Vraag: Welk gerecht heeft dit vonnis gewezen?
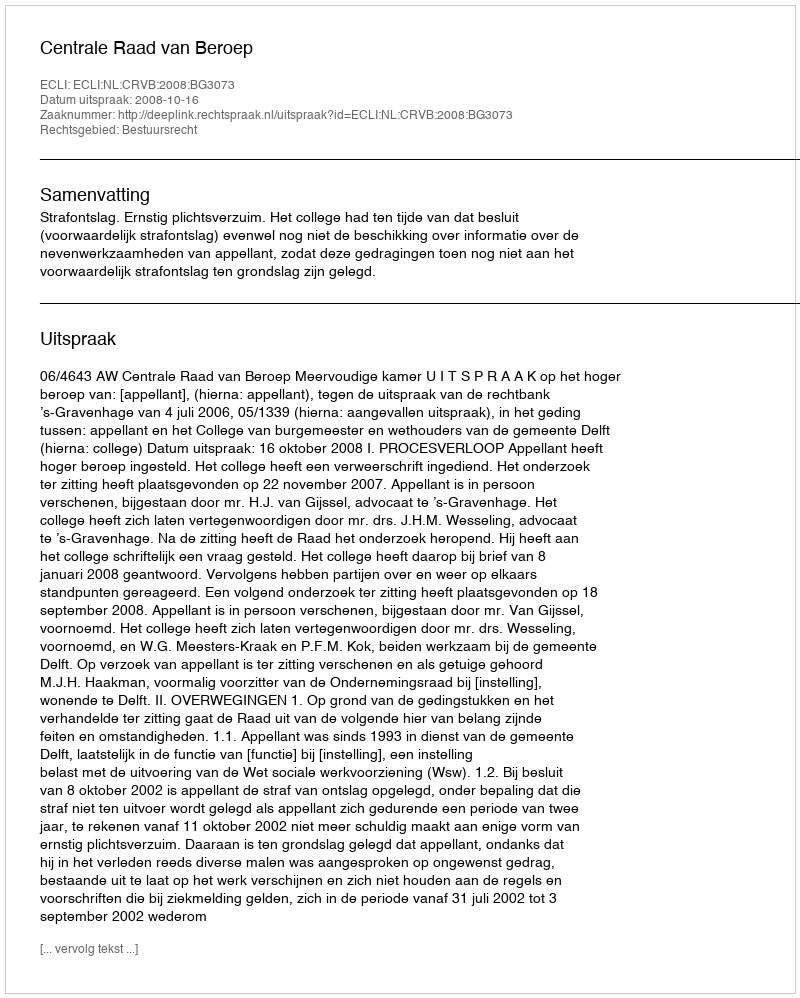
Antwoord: Centrale Raad van Beroep